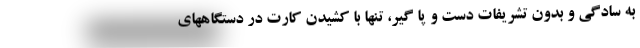
به سادگی و بدون تشریفات دست و پا گیر، تنها با کشیدن کارت در دستگاههای